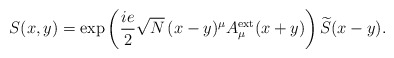
\begin{align*}S(x,y)=\exp \left(\frac{ie}{2}\sqrt{N}\,(x-y)^{\mu}A_{\mu}^{\rm ext}(x+y)\right) \widetilde{S}(x-y).\end{align*}